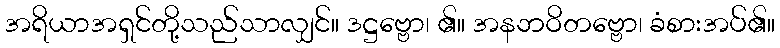
အရိယာအရှင်တို့သည်သာလျှင်။ ဒဋ္ဌဗ္ဗော၊ ၏။ အနဘဝိတဗ္ဗော၊ ခံစားအပ်၏။